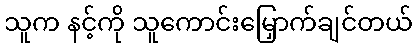
သူက နင့်ကို သူကောင်းမြှောက်ချင်တယ်